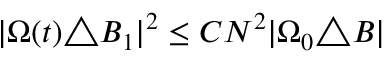
| \Omega ( t ) \triangle B _ { 1 } | ^ { 2 } \le C N ^ { 2 } | \Omega _ { 0 } \triangle B |